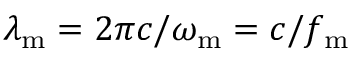
\lambda _ { \mathrm { m } } = 2 \pi c / \omega _ { \mathrm { m } } = c / f _ { \mathrm { m } }